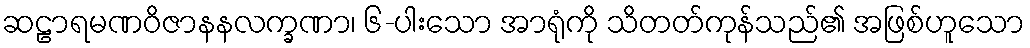
ဆဠာရမဏဝိဇာနနလက္ခဏာ၊ ၆-ပါးသော အာရုံကို သိတတ်ကုန်သည်၏ အဖြစ်ဟူသော